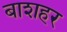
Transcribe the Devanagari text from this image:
बाशहर